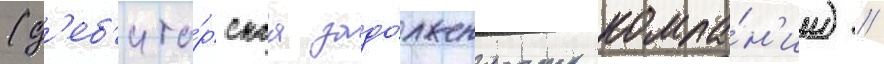
(д'еб'ито́рскаа задо́лженность компа́н'ии) //